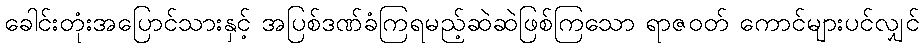
ခေါင်းတုံးအပြောင်သားနှင့် အပြစ်ဒဏ်ခံကြရမည့်ဆဲဆဲဖြစ်ကြသော ရာဇဝတ် ကောင်များပင်လျှင်